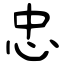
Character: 忠